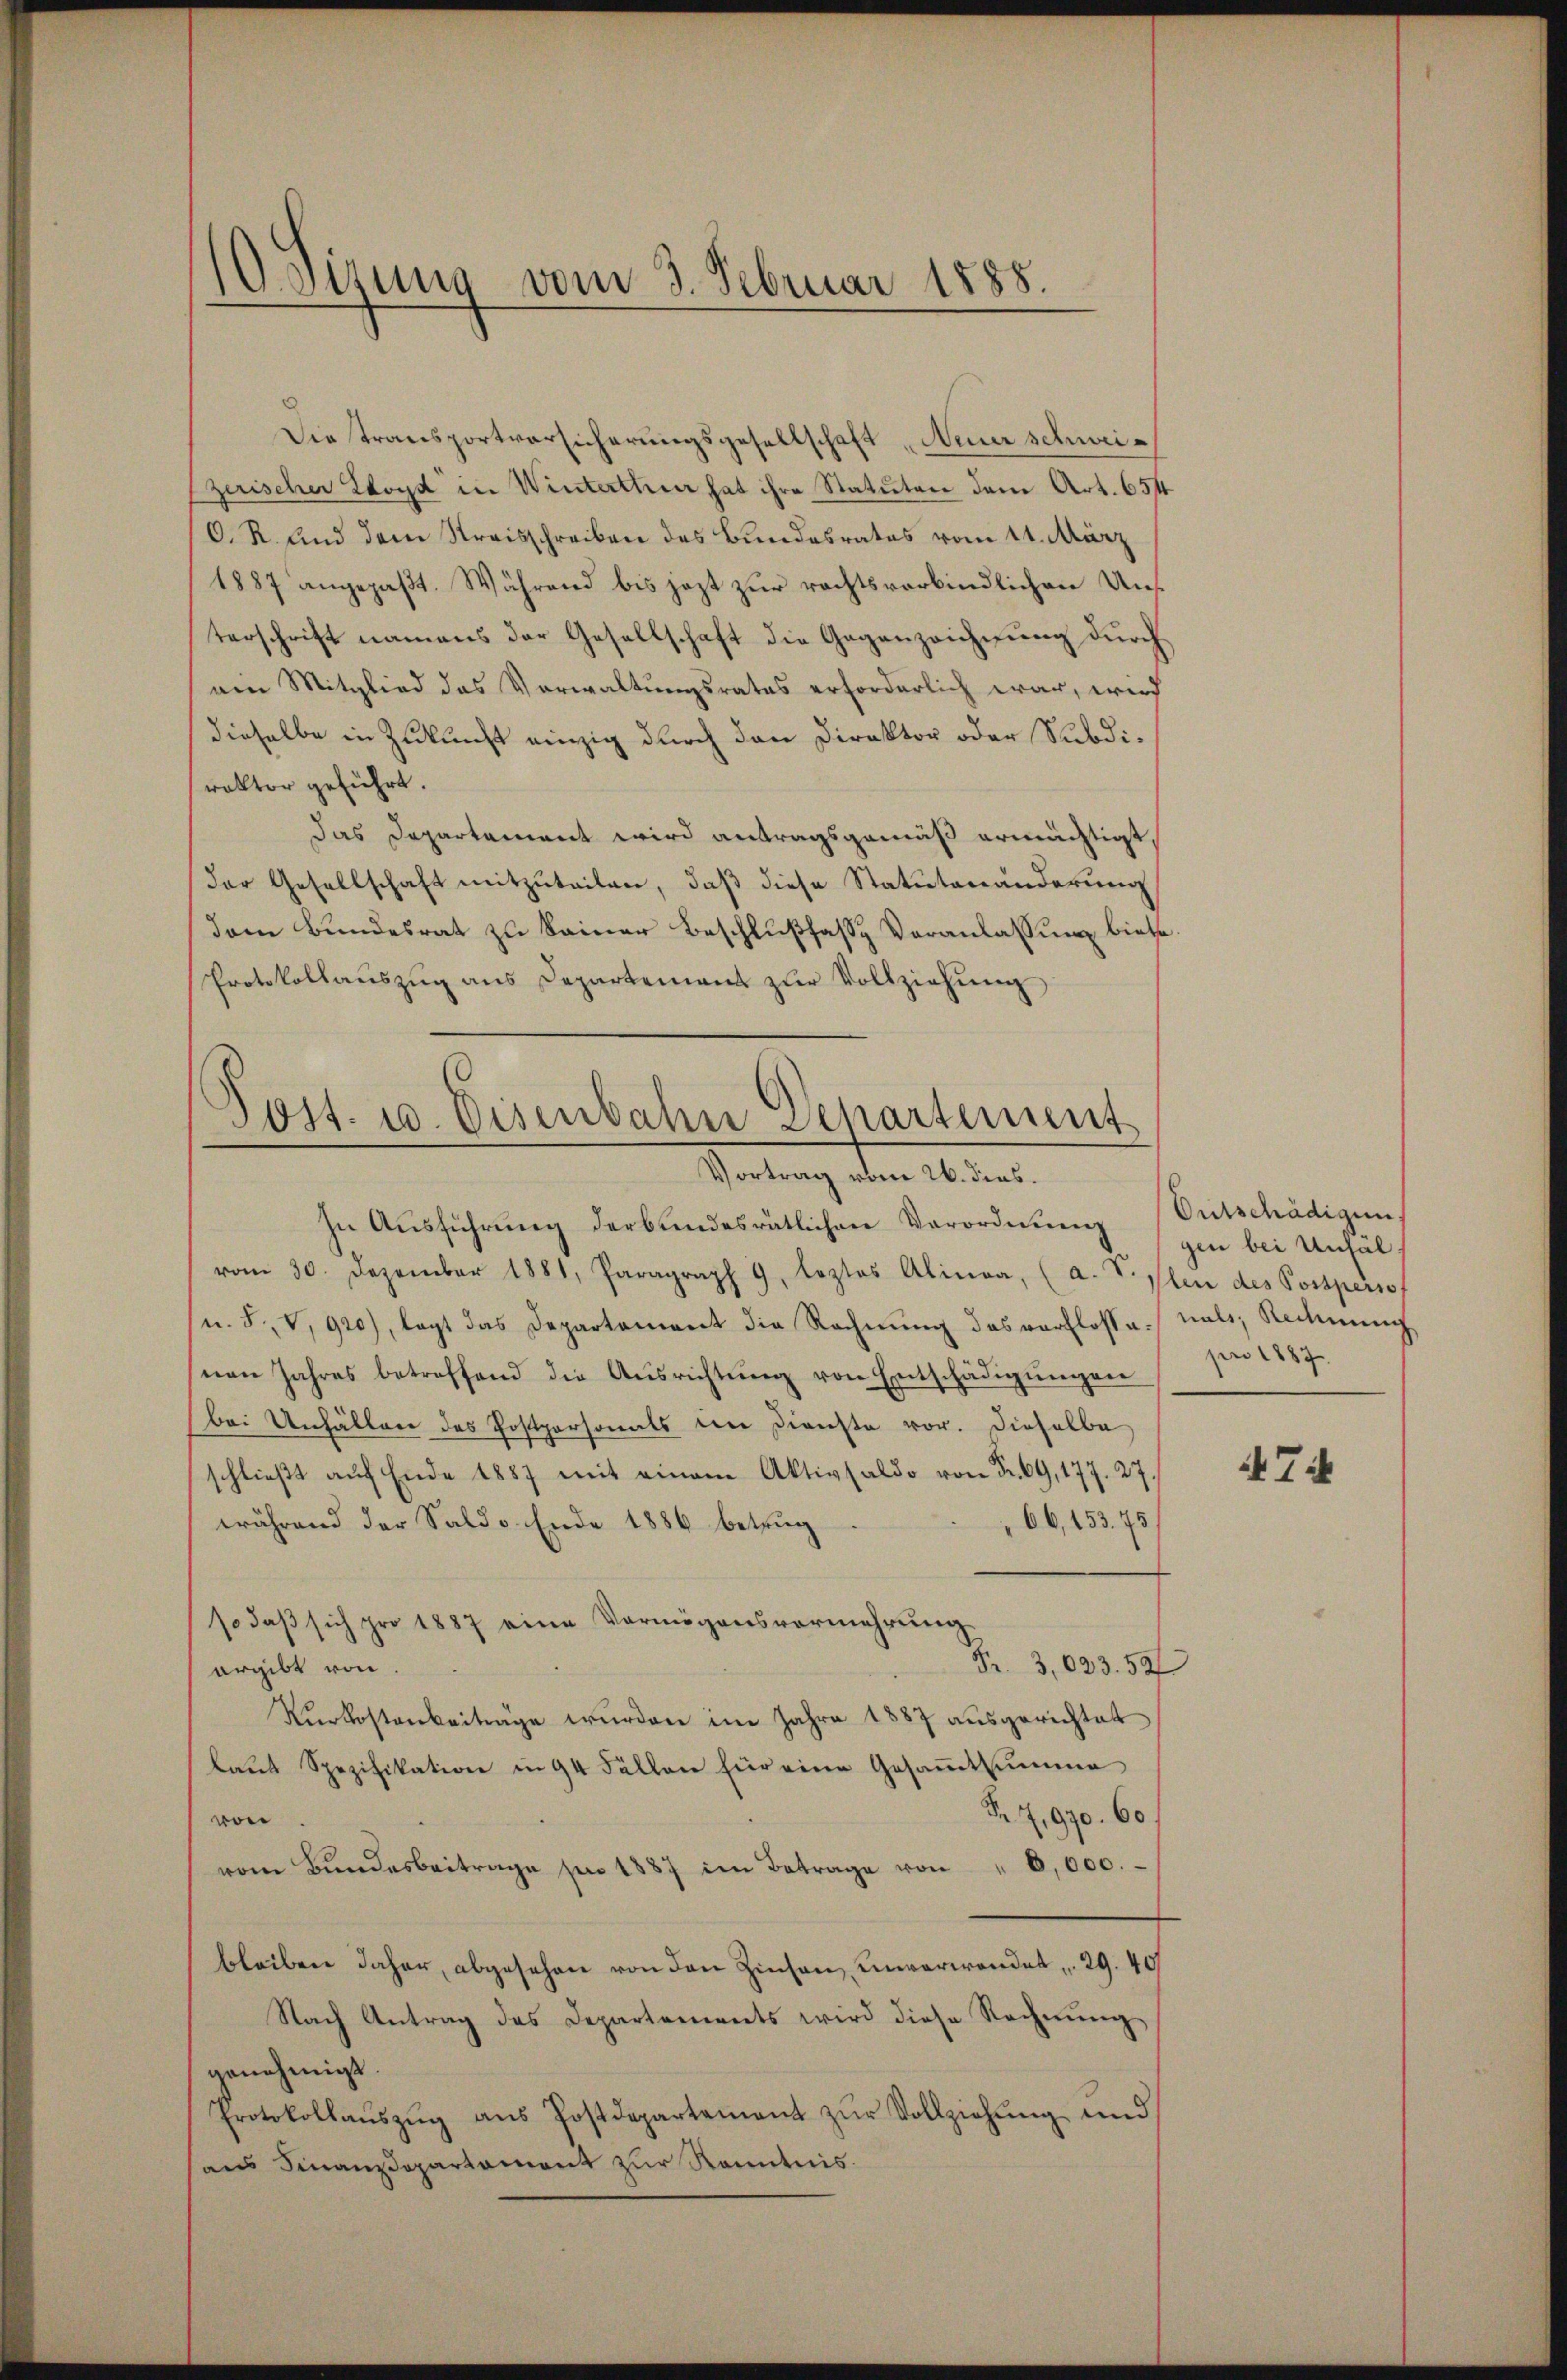
10 Sirung vom 3. Februar 1888.

Die transportversicherungsgesellschaft Neuer schweizerischer Lloyd in Winterthur hat ihre Statuten dem Art. 654
O. R. und dem Streisschreiben des Bundesrates vom 11. März
1887 angepaßt. Während bis jezt zur rechtsverbindlichen Unterschrift namens der Gesellschaft die Gegenzeichnung durch
ain Mitglied das Vorwaltungsrates erforderlich war, wird
dieselbe in Zukunft einzig durch den Direktor oder Subdirakter geführt.
das Departement wird antragsgemäß ermächtigt,
Der Gesellschaft mitzuteilen, daß diese Statutenänderung
Dem Bundesrat zu keiner Beschlußfasse Veranlassung biete.
Protokollaŭszŭg ans Departement zŭr Vollziehŭng

Post. u. Eisenbahn Departement
Vortrag vom 26. dies

In Ausführung derbundesrätlichen Verordnung bei Unfäl
vom 30. Dezember 1881, Paragraph 9, leztes Alinea, (a. V. Plan des Possperso
n. F. V, 920), legt das Departement die Rechnung das verflosse als Rechnung
nen Jahres betreffend die Aŭsrichtŭng von Entschädigŭngen
bei Unfällen des Postpersonals der Dienste vor. Dieselbe
schlieβt aŭf Ende 1887 mit einem Aktivsaldo von Fr. 69, 177. 27.
66,153. 75)
während der Sald v. Ende 1886 betrug
so daß sich pro 1887 eine Vermögensvermehrung
Fr. 3, 633. 52
ergibt von
Kŭrkostenbeiträge wurden im Jahre 1887 aŭsgerichtet
laŭt Spezifikation in 94 Fällen für eine Gesammtsumme
Nr 7,970. 60.
von
vom Bŭndesbeitrage pr 1887 im Betrage von " 6,000.
bleiben daher, abgesehen von den Zinsen unverwanden 29. 40
Nach Antrag des Departements wird diese Rechnŭng
genehmigt.
Protokollaŭszŭg aŭs Postdepartement zŭr Vollziehŭng und
aus Finanzdepartamont zur Kenntnis.

Ontschädigun
pro 1887

47